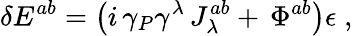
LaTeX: \delta E^{ab}=\left(i\, \gamma_{P}\gamma^{\lambda}\, J_{\lambda}^{ab}+\, \Phi^{ab}\right)\epsilon\; ,